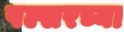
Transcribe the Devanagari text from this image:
पल्सरच्या